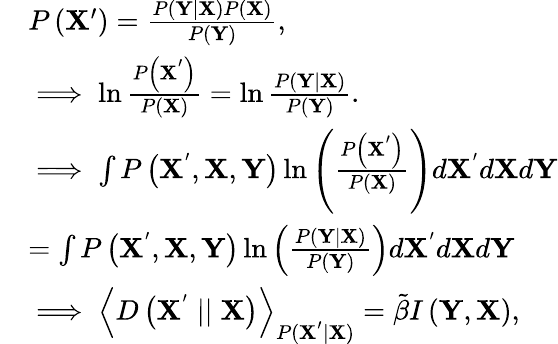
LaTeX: \begin{array}{rl}&{P\left(\mathbf{X^{\prime}}\right)=\frac{P\left(\mathbf{Y}\mid\mathbf{X}\right)P\left(\mathbf{X}\right)}{P\left(\mathbf{Y}\right)},}\\ &{\implies\ln\frac{P\left(\mathbf{X^{'}}\right)}{P\left(\mathbf{X}\right)}=\ln\frac{P\left(\mathbf{Y}\mid\mathbf{X}\right)}{P\left(\mathbf{Y}\right)}.}\\ &{\implies\int P\left(\mathbf{X^{'}},\mathbf{X},\mathbf{Y}\right)\ln\left(\frac{P\left(\mathbf{X^{'}}\right)}{P\left(\mathbf{X}\right)}\right)d\mathbf{X^{'}}d\mathbf{X}d\mathbf{Y}}\\ &{=\int P\left(\mathbf{X^{'}},\mathbf{X},\mathbf{Y}\right)\ln\left(\frac{P\left(\mathbf{Y}\mid\mathbf{X}\right)}{P\left(\mathbf{Y}\right)}\right)d\mathbf{X^{'}}d\mathbf{X}d\mathbf{Y}}\\ &{\implies\Big\langle D\left(\mathbf{X^{'}}\mid\mid\mathbf{X}\right)\Big\rangle_{P(\mathbf{X^{'}}\mid\mathbf{X})}=\tilde{\beta}I\left(\mathbf{Y},\mathbf{X}\right),}\end{array}